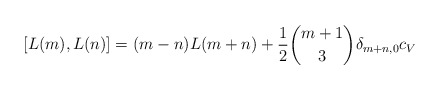
\begin{align*} [L(m),L(n)]=(m-n)L(m+n)+\frac{1}{2}\binom{m+1}{3}\delta_{m+n,0}c_V\end{align*}